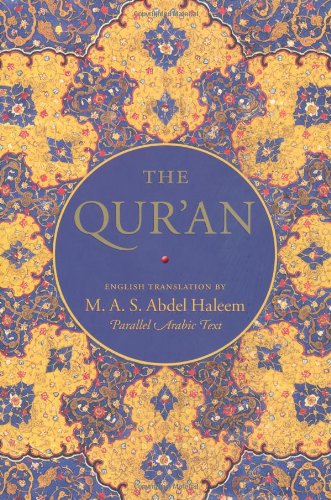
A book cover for The Qur'an: English translation and Parallel Arabic text; Religion & Spirituality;